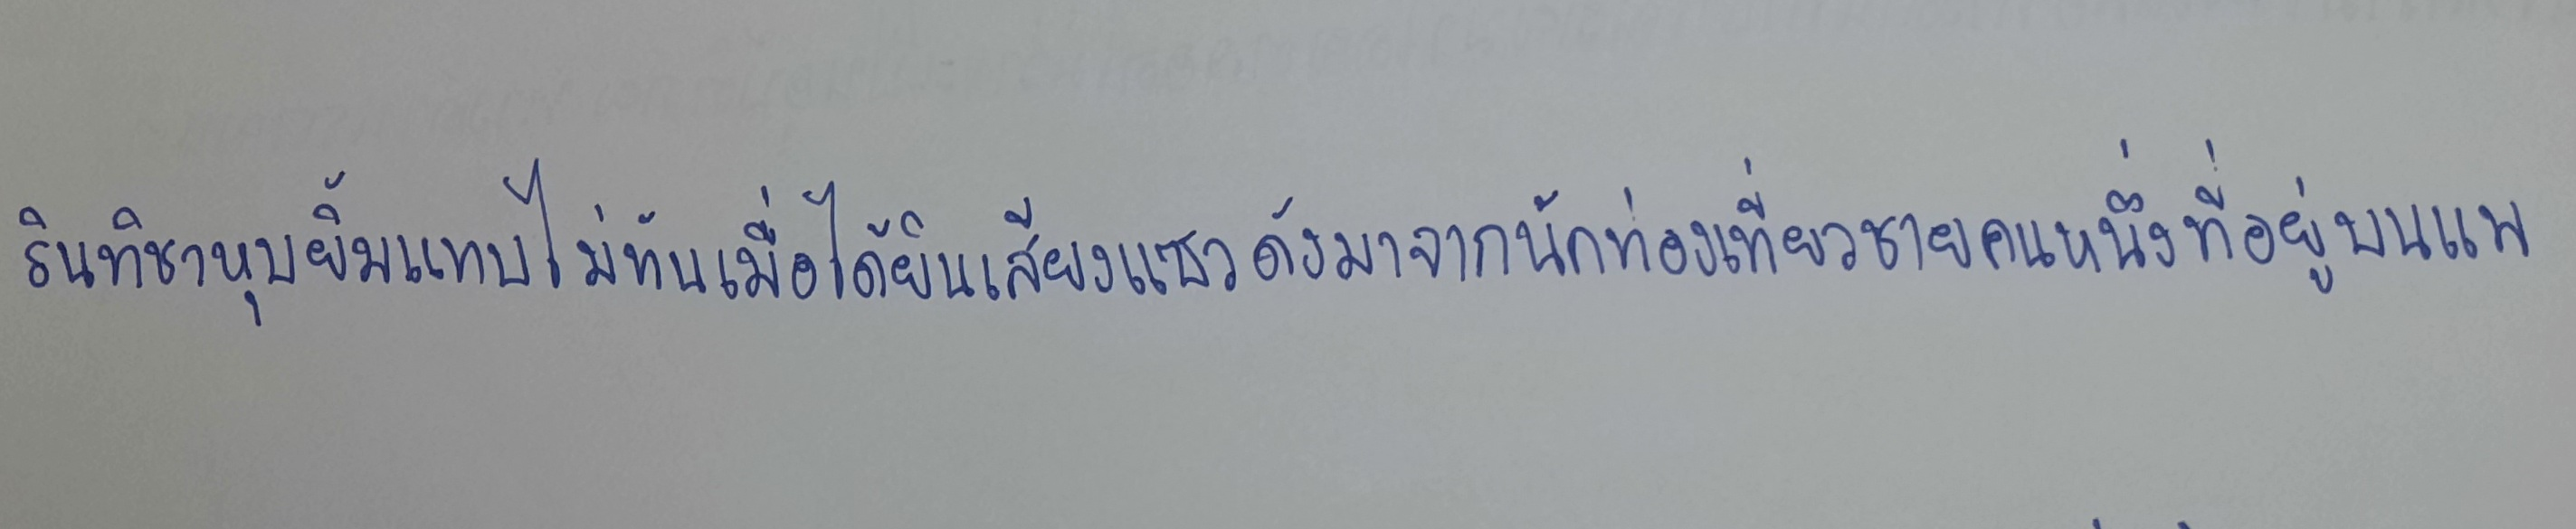
รินทิชาหุบยิ้มแทบไม่ทันเมื่อได้ยินเสียงแซวดังมาจากนักท่องเที่ยวชายคนหนึ่งที่อยู่บนแพ